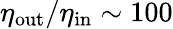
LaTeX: \eta_{\mathrm{out}}/\eta_{\mathrm{in}}\sim 100